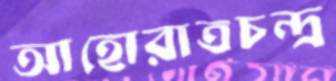
আহোরাত্রচন্দ্র